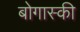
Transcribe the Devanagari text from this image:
बोगास्की